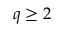
q \ge 2